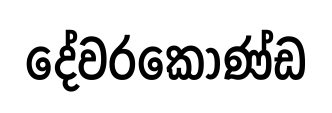
දේවරකොණ්ඩ